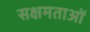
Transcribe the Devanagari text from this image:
सक्षमताओं